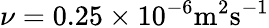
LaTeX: \nu=0.25\times 10^{-6}\textnormal{m}^{2}\textnormal{s}^{-1}